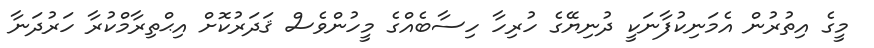
މީގެ އިތުރުން އެމަނިކުފާނަކީ ދުނިޔޭގެ ހުރިހާ ހިސާބެއްގެ މީހުންވެސް ޤަދަރުކޮށް އިޙްތިރާމްކުރާ ހަރުދަނާ